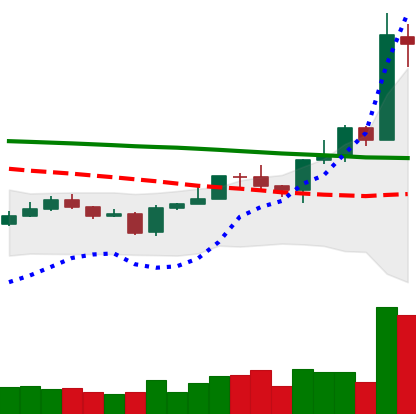
Ticker: EOS-USD
Chart end date: 2020-01-15
Forward return: -4.212%
Label: down_3_5